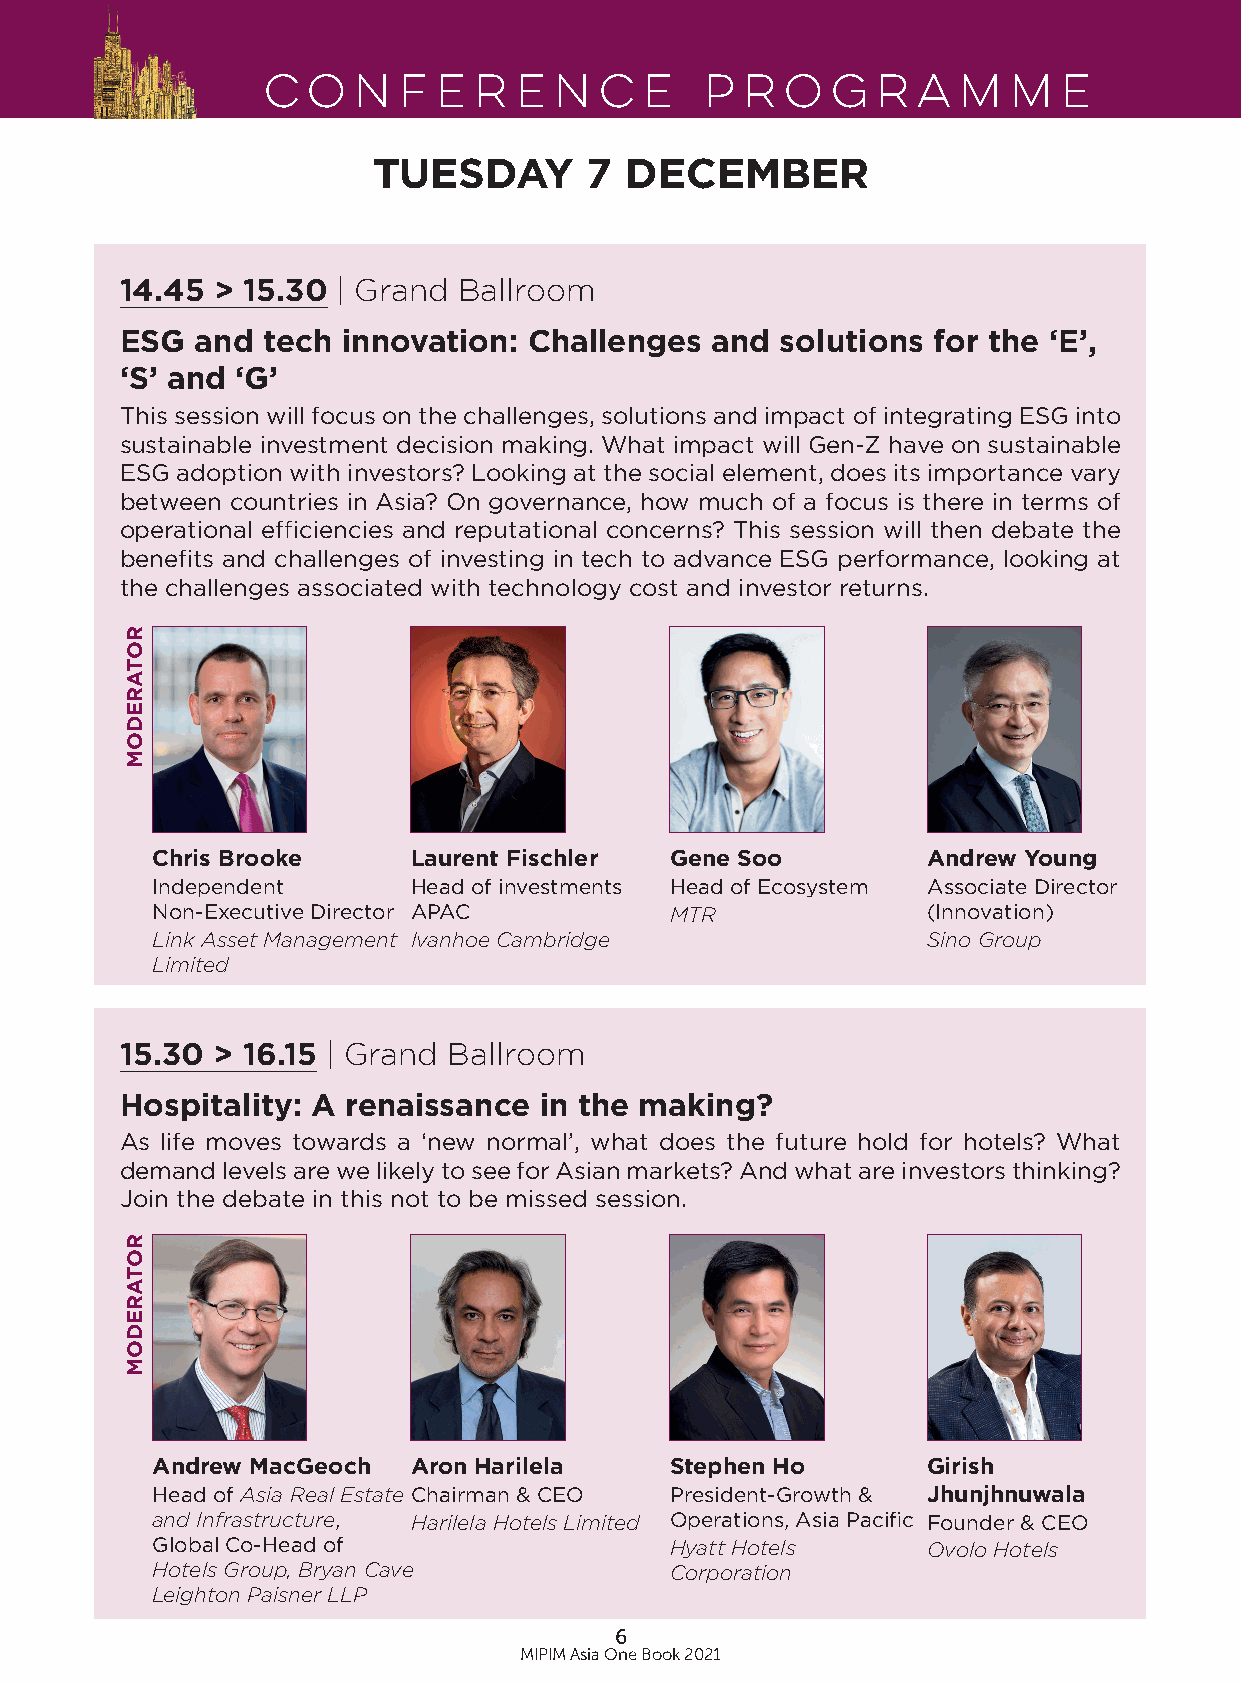
Conference                    Programme
 TUESDAY       7 DECEMBER
 14.45 > 15.30 | Grand Ballroom
 ESG  and tech  innovation: Challenges  and  solutions for the ‘E’,
 ‘S’ and ‘G’
 This session will focus on the challenges, solutions and impact of integrating ESG into
 sustainable investment decision making. What impact will Gen-Z have on sustainable
 ESG adoption with investors? Looking at the social element, does its importance vary
 between countries in Asia? On governance, how much of a focus is there in terms of
 operational efficiencies and reputational concerns? This session will then debate the
 benefits and challenges of investing in tech to advance ESG performance, looking at
 the challenges associated with technology cost and investor returns.
 Chris Brooke     Laurent Fischler Gene Soo         Andrew Young
 Independent      Head of investments Head of Ecosystem Associate Director
 Non-Executive Director APAC       MTR              (Innovation)
 Link Asset Management Ivanhoe Cambridge            Sino Group
 Limited
 15.30 > 16.15 | Grand Ballroom
 Hospitality: A renaissance  in the making?
 As life moves towards a ‘new normal’, what does the future hold for hotels? What
 demand levels are we likely to see for Asian markets? And what are investors thinking?
 Join the debate in this not to be missed session.
 Andrew MacGeoch  Aron Harilela    Stephen Ho       Girish
 Head of Asia Real Estate Chairman & CEO President-Growth & Jhunjhnuwala
 and Infrastructure, Harilela Hotels Limited Operations, Asia Pacific Founder & CEO
 Global Co-Head of                 Hyatt Hotels     Ovolo Hotels
 Hotels Group, Bryan Cave          Corporation
 Leighton Paisner LLP
 6
 MIPIM Asia One Book 2021
 ROTAREDOM
 ROTAREDOM